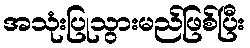
အသုံးပြုသွားမည်ဖြစ်ပြီး